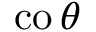
\operatorname { c o } \theta